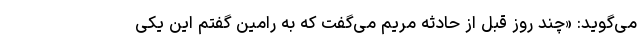
می‌گوید: «چند روز قبل از حادثه مریم می‌گفت که به رامین گفتم این یکی